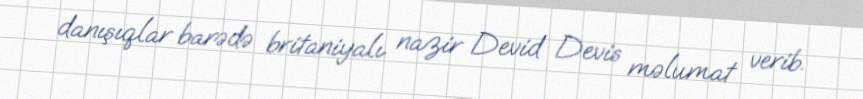
danışıqlar barədə britaniyalı nazir Devid Devis məlumat verib.